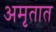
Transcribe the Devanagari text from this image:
अमृतात